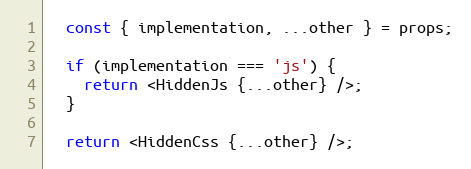
Language: JavaScript
  const { implementation, ...other } = props;

  if (implementation === 'js') {
    return <HiddenJs {...other} />;
  }

  return <HiddenCss {...other} />;